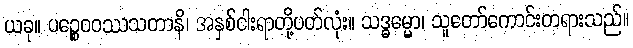
ယခု။ ပဉ္စေဝဝဿသတာနိ၊ အနှစ်ငါးရာတို့ပတ်လုံး။ သဒ္ဓမ္မော၊ သူတော်ကောင်းတရားသည်။